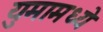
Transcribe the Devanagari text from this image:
युमामध्ये